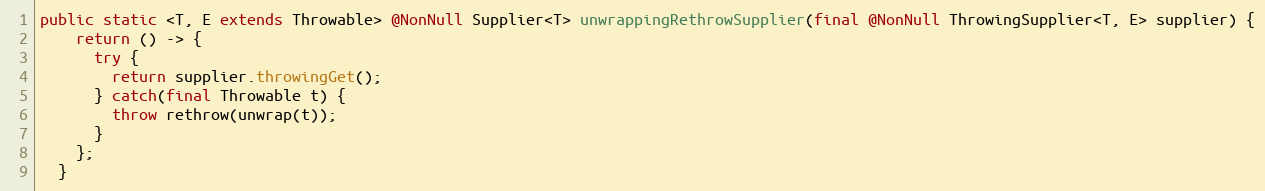
Language: Java
public static <T, E extends Throwable> @NonNull Supplier<T> unwrappingRethrowSupplier(final @NonNull ThrowingSupplier<T, E> supplier) {
    return () -> {
      try {
        return supplier.throwingGet();
      } catch(final Throwable t) {
        throw rethrow(unwrap(t));
      }
    };
  }